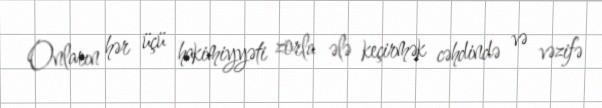
Onların hər üçü hakimiyyəti zorla ələ keçirmək cəhdində və vəzifə